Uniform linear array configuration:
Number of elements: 24
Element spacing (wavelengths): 0.25
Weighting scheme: blackman
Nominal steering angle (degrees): -60
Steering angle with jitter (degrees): -60.947
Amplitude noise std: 0.05
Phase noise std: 0.05

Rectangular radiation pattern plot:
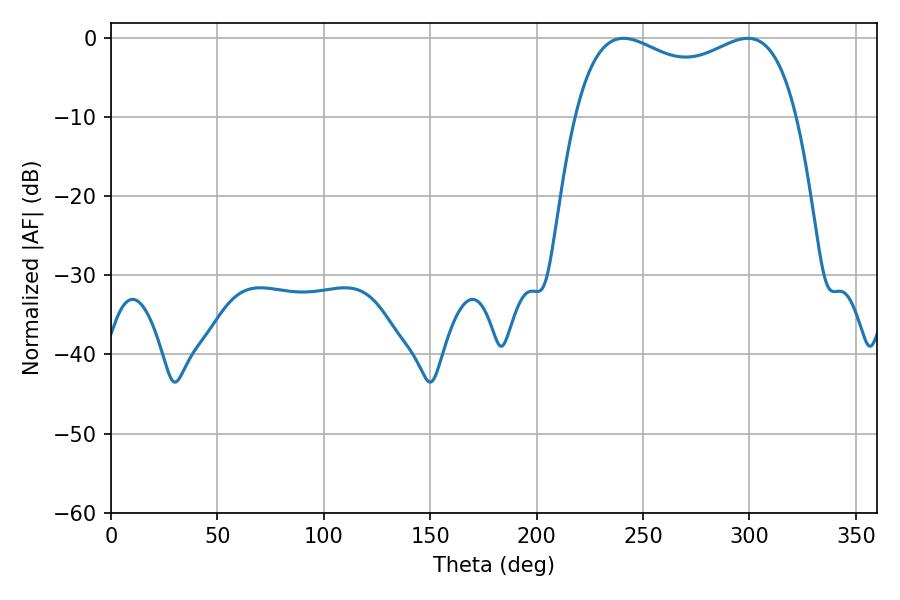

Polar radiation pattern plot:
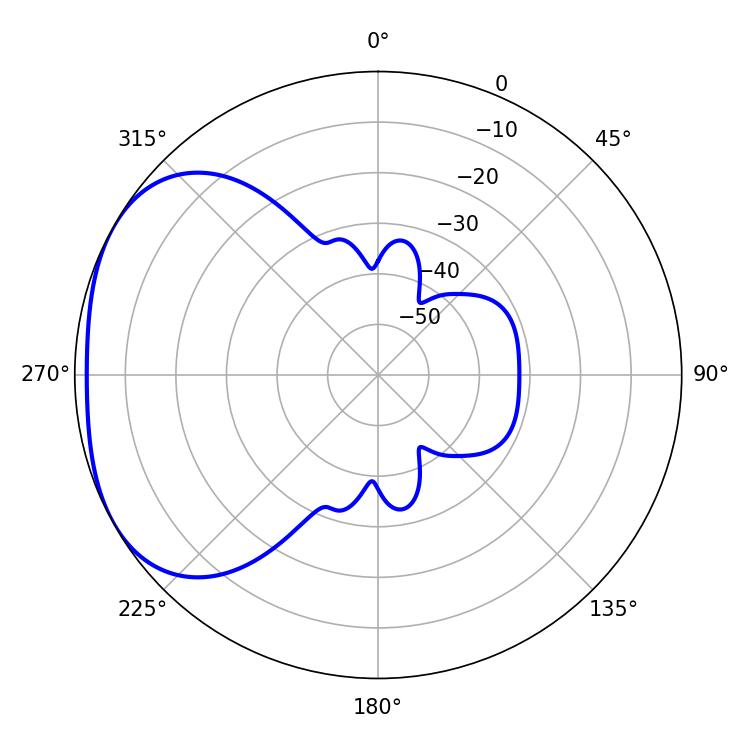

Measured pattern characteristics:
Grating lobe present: FALSE
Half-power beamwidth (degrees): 86.04
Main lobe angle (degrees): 240.84